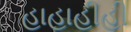
હાહાહીહી